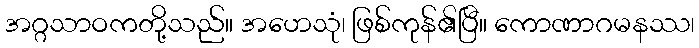
အဂ္ဂသာဝကတို့သည်။ အဟေသုံ၊ ဖြစ်ကုန်၏ပြီ။ ကောဏာဂမနဿ၊